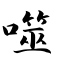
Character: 噬